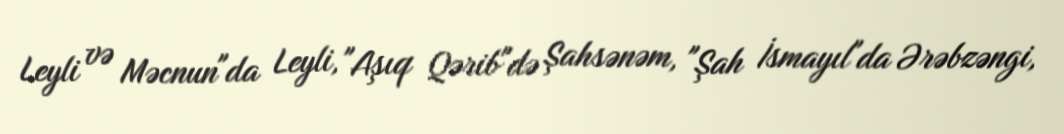
Leyli və Məcnun"da Leyli, "Aşıq Qərib"də Şahsənəm, "Şah İsmayıl"da Ərəbzəngi,